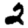
Digit: 2